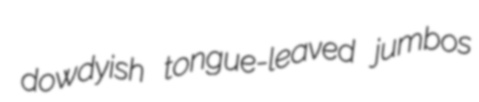
dowdyish tongue-leaved jumbos